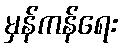
မှန်ကန်ရေး